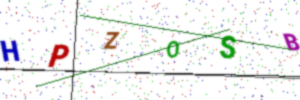
Text: HPZOSB